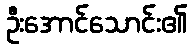
ဦးအောင်သောင်း၏